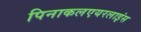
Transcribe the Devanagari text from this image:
पिनाकलएयरलाइंस